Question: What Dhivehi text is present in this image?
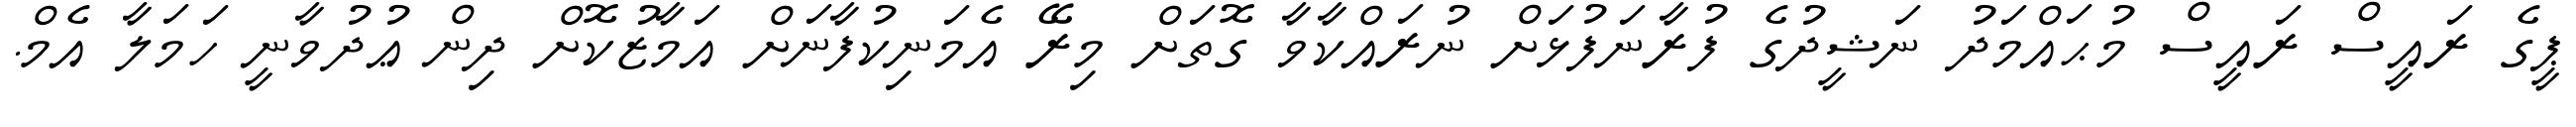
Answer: ޕީގެ ރައީސް ރައީސް މުޙައްމަދު ނަޝީދުގެ ފުރާނަފުޅަށް ނުރައްކާވާ ގޮތަށް މިރޭ އެމަނިކުފާނަށް އަމާޒުކޮށް ދިން ޢުދުވާނީ ހަމަލާ އެމް.